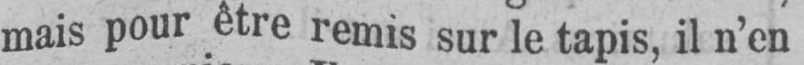
mais pour être remis sur le tapis, il n’en